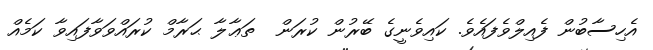
އެހިސާބުން ފެއިލްވެފައެވެ. ކައިވެނީގެ ބޭރުން ކުރަން  ތަޢާލާ ޙަރާމް ކުރައްވަވާފައިވާ ކަމެއް